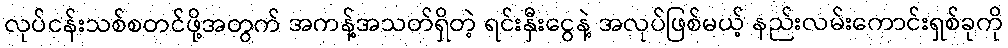
လုပ်ငန်းသစ်စတင်ဖို့အတွက် အကန့်အသတ်ရှိတဲ့ ရင်းနှီးငွေနဲ့ အလုပ်ဖြစ်မယ့် နည်းလမ်းကောင်းရှစ်ခုကို